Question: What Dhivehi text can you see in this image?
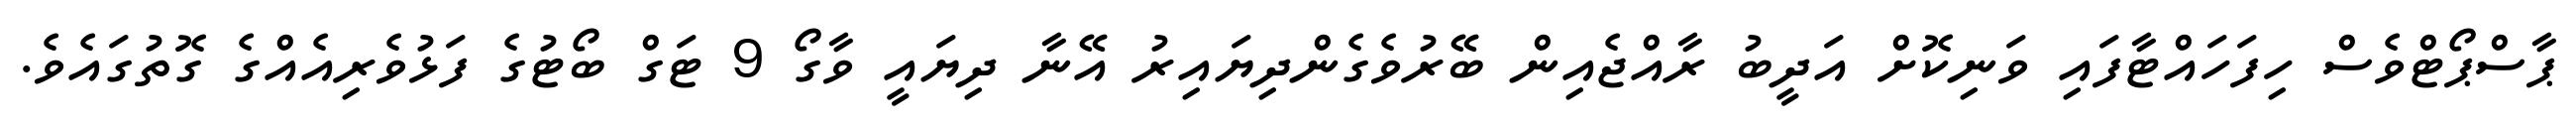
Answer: ޕާސްޕޯޓްވެސް ހިފަހައްޓާފައި ވަނިކޮށް އަދީބު ރާއްޖެއިން ބޭރުވެގެންދިޔައިރު އޭނާ ދިޔައީ ވާގޯ 9 ޓަގް ބޯޓުގެ ފަޅުވެރިއެއްގެ ގޮތުގައެވެ.